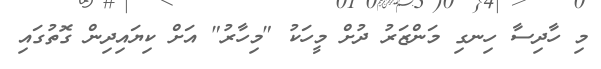
މި ހާދިސާ ހިނގި މަންޒަރު ދުށް މީހަކު "މިހާރު" އަށް ކިޔައިދިން ގޮތުގައި